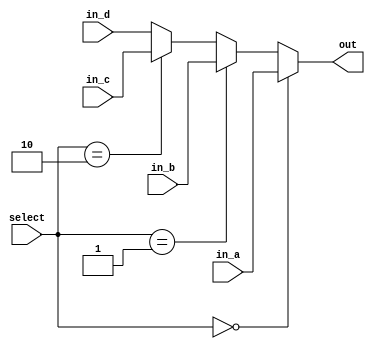
/*Multiplexor estandar de 4 a 1.
*/
module mux_csa(
input [10:0] in_a, in_b, in_c,in_d,//Entradas de las cuales se va a seleccionar el dato de salida.
input [1:0]  select,//Seal de seleccin.
output [10:0] out//Dato escogido.
);

assign out=(select==2'b00)?in_a:(select==2'b01)?in_b:(select==2'b10)?in_c:in_d;

endmodule